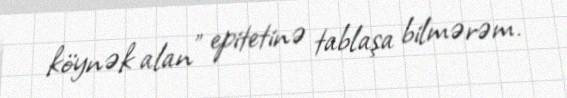
köynək alan” epitetinə tablaşa bilmərəm.